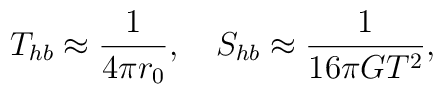
T_{hb} \approx {1 \over 4\pi r_0 }, \quad S_{hb} \approx {1 \over 16\pi G T^2},